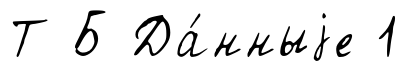
Т Б Да́нныjе 1